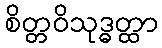
စိတ္တဝိသုဒ္ဓတ္ထာ